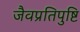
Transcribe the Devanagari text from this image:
जैवप्रतिपुष्टि